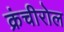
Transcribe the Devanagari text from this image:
क्रंचीरोल